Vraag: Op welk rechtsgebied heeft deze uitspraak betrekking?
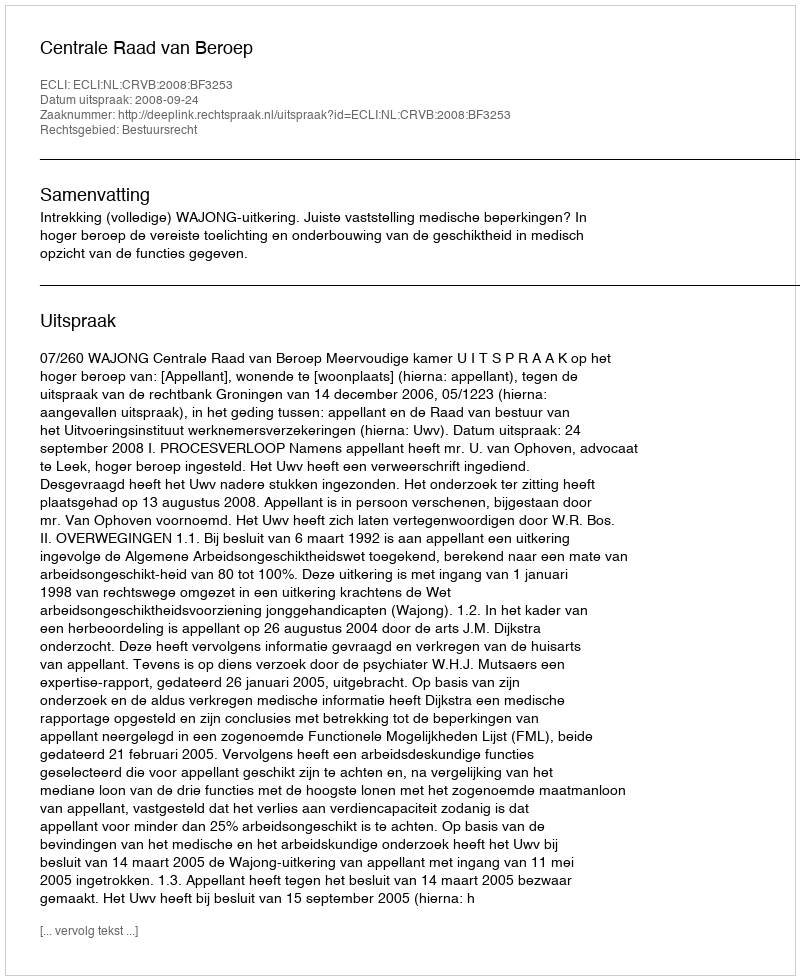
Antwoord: Bestuursrecht